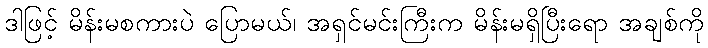
ဒါဖြင့် မိန်းမစကားပဲ ပြောမယ်၊ အရှင်မင်းကြီးက မိန်းမရှိပြီးရော အချစ်ကို